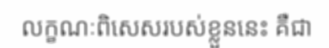
លក្ខណៈពិសេសរបស់ខ្លួននេះ គឺជា